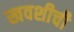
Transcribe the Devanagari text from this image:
खवशीची